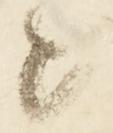
と